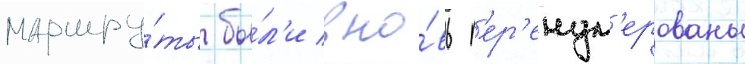
маршру́ты бы́л'и вно́вь п'ер'енум'ерованы